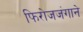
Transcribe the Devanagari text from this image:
फिरोजजंगाने